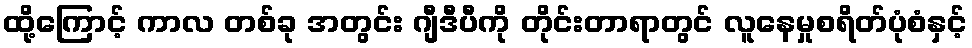
ထို့ကြောင့် ကာလ တစ်ခု အတွင်း ဂျီဒီပီကို တိုင်းတာရာတွင် လူနေမှုစရိတ်ပုံစံနှင့်